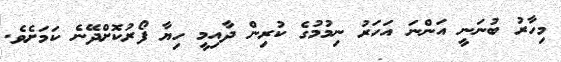
މިހާރު ބުނަނީ އަންނަ އަހަރު ނިމުމުގެ ކުރިން ދާއިމީ ހިޔާ ފޯރުކޮށްދޭނެ ކަމަށެވެ.